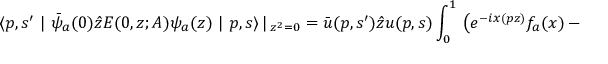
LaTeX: \langle p , s ^ { \prime } \, \, | \, \, \bar { \psi } _ { a } ( 0 ) \hat { z } E ( 0 , z ; A ) \psi _ { a } ( z ) \, \, | \, \, p , s \rangle \, | \, _ { z ^ { 2 } = 0 } = \bar { u } ( p , s ^ { \prime } ) \hat { z } u ( p , s ) \int _ { 0 } ^ { 1 } \, \left( e ^ { - i x ( p z ) } f _ { a } ( x ) - e ^ { i x ( p z ) } f _ { \bar { a } } ( x ) \right) \, d x \, ,